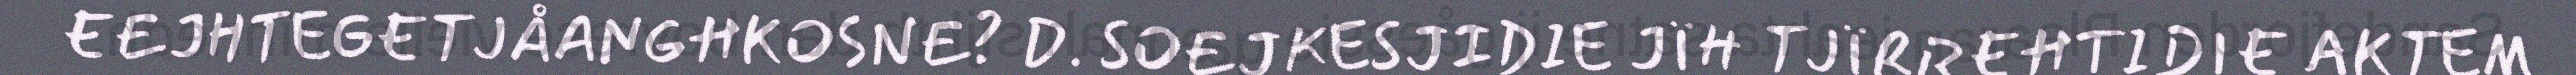
EEJHTEGETJÅANGHKOSNE? D. SOEJKESJIDIE JÏH TJÏRREHTIDIE AKTEM